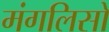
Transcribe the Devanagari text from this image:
मंगलिसो